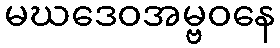
မဃဒေဝအမ္ဗဝနေ